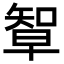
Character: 𥏯